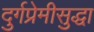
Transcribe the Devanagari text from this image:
दुर्गप्रेमीसुद्धा